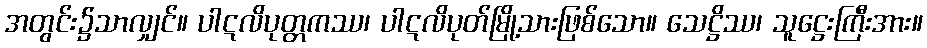
အတွင်း၌သာလျှင်။ ပါဋလိပုတ္တကဿ၊ ပါဋလိပုတ်မြို့သားဖြစ်သော။ သေဋ္ဌိဿ၊ သူဋ္ဌေးကြီးအား။